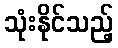
သုံးနိုင်သည့်